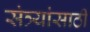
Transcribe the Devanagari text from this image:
संत्र्यांसाठी